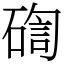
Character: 𥔀